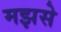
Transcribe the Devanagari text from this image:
मझसे